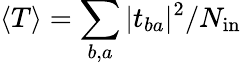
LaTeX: \langle T\rangle=\sum_{b,a}|t_{ba}|^{2}/N_{\mathrm{in}}